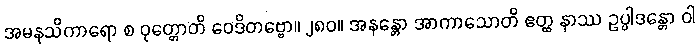
အမနသိကာရော စ ဝုတ္တောတိ ဝေဒိတဗ္ဗော။ ၂၈၀။ အနန္တော အာကာသောတိ ဧတ္ထ နာဿ ဥပ္ပါဒန္တော ဝါ